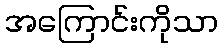
အကြောင်းကိုသာ